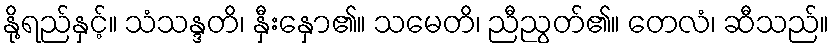
နို့ရည်နှင့်။ သံသန္ဒတိ၊ နှီးနှော၏။ သမေတိ၊ ညီညွတ်၏။ တေလံ၊ ဆီသည်။